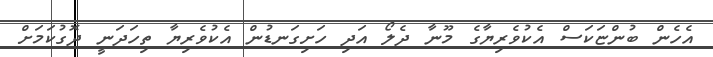
އެހެން ބުންޏަކަސް އެކުވެރިޔާގެ މޫނާ ދެލޯ އަދި ހަށިގަނޑުން އެކުވެރިޔާ ތިހަދަނީ ދޮގުކަމަށް